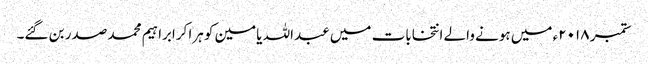
ستمبر ۲۰۱۸ء میں ہونے والے انتخابات میں عبداللہ یامین کو ہرا کرابراہیم محمد صدر بن گئے۔